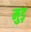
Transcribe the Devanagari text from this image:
मुड़़